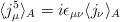
\begin{align*}\langle j^5_\mu\rangle_A=i\epsilon_{\mu\nu}\langle j_\nu\rangle_A\end{align*}